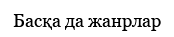
Басқа да жанрлар